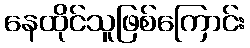
နေထိုင်သူဖြစ်ကြောင်း